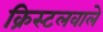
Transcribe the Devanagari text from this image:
क्रिस्टलवाले